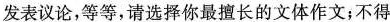
发表议论，等等，请选择你最擅长的文体作文；不得